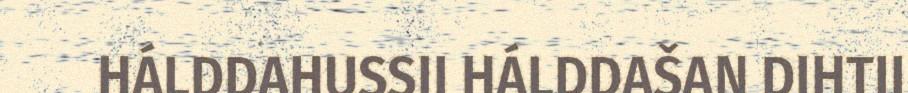
HÁLDDAHUSSII HÁLDDAŠAN DIHTII